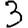
Digit: 3